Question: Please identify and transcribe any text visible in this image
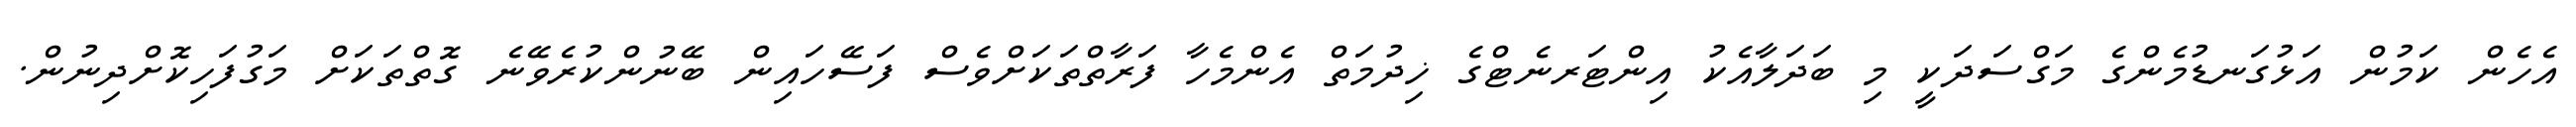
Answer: އެހެން ކަމުން އަޅުގަނޑުމެންގެ މަގްސަދަކީ މި ބަދަލާއެކު އިންޓަރނެޓްގެ ޚިދުމަތް އެންމެހާ ފަރާތްތަކަށްވެސް ފަސޭހައިން ބޭނުންކުރެވޭނެ ގޮތްތަކަށް މަގުފަހިކޮށްދިނުން.